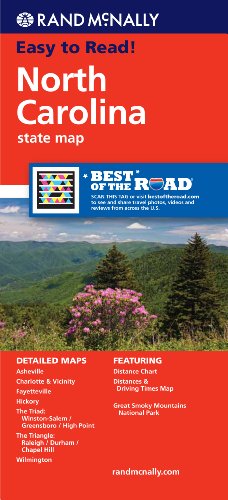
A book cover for Rand McNally Folded Map: North Carolina (Rand McNally State Maps); Rand McNally; Reference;